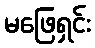
မဖြေရှင်း